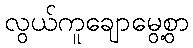
လွယ်ကူချောမွေ့စွာ